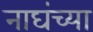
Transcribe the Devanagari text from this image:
नाघंच्या